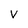
Character: V